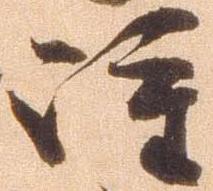
雖